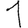
Digit: 1